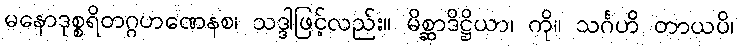
မနောဒုစ္စရိတဂ္ဂဟဏေနစ၊ သဒ္ဒါဖြင့်လည်း။ မိစ္ဆာဒိဋ္ဌိယာ၊ ကို။ သင်္ဂဟိ တာယပိ၊